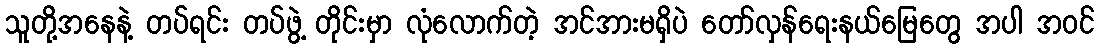
သူတို့အနေနဲ့ တပ်ရင်း တပ်ဖွဲ့ တိုင်းမှာ လုံလောက်တဲ့ အင်အားမရှိပဲ တော်လှန်ရေးနယ်မြေတွေ အပါ အဝင်